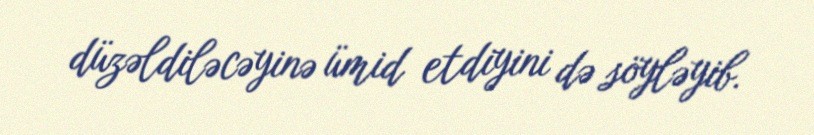
düzəldiləcəyinə ümid etdiyini də söyləyib.